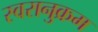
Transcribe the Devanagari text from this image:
स्वरानुक्रम